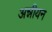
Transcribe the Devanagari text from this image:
अन्नीयन